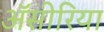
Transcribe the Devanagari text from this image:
ॲसीरिया